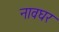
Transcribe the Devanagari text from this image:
नावघर